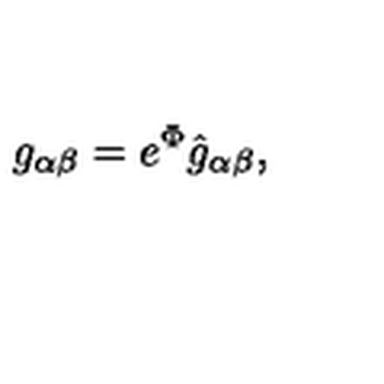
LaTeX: g _ { \alpha \beta } = e ^ { \Phi } \hat { g } _ { \alpha \beta } ,